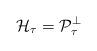
LaTeX: \begin{align*}{\mathcal H}_{\tau}={\mathcal P}_{\tau}^{\perp}\end{align*}